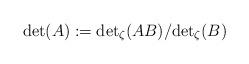
LaTeX: \begin{align*}\det(A):={\det}_\zeta(AB)/{\det}_\zeta(B)\end{align*}